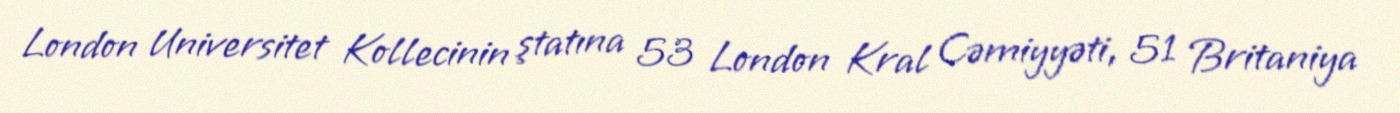
London Universitet Kollecinin ştatına 53 London Kral Cəmiyyəti, 51 Britaniya